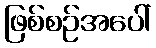
ဖြစ်စဉ်အပေါ်